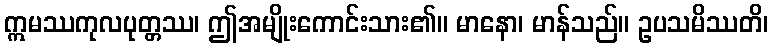
ဣမဿကုလပုတ္တဿ၊ ဤအမျိုးကောင်းသား၏။ မာနော၊ မာန်သည်။ ဥပသမိဿတိ၊